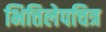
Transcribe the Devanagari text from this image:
भित्तिलेपचित्र